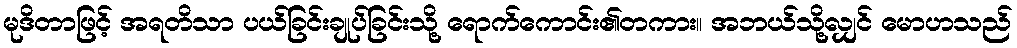
မုဒိတာဖြင့် အရတိသာ ပယ်ခြင်းချုပ်ခြင်းသို့ ရောက်ကောင်း၏တကား။ အဘယ်သို့လျှင် မောဟသည်